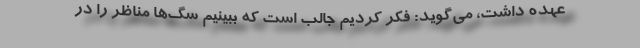
عهده داشت، می‌گوید: فکر کردیم جالب است که ببینیم سگ‌ها مناظر را در